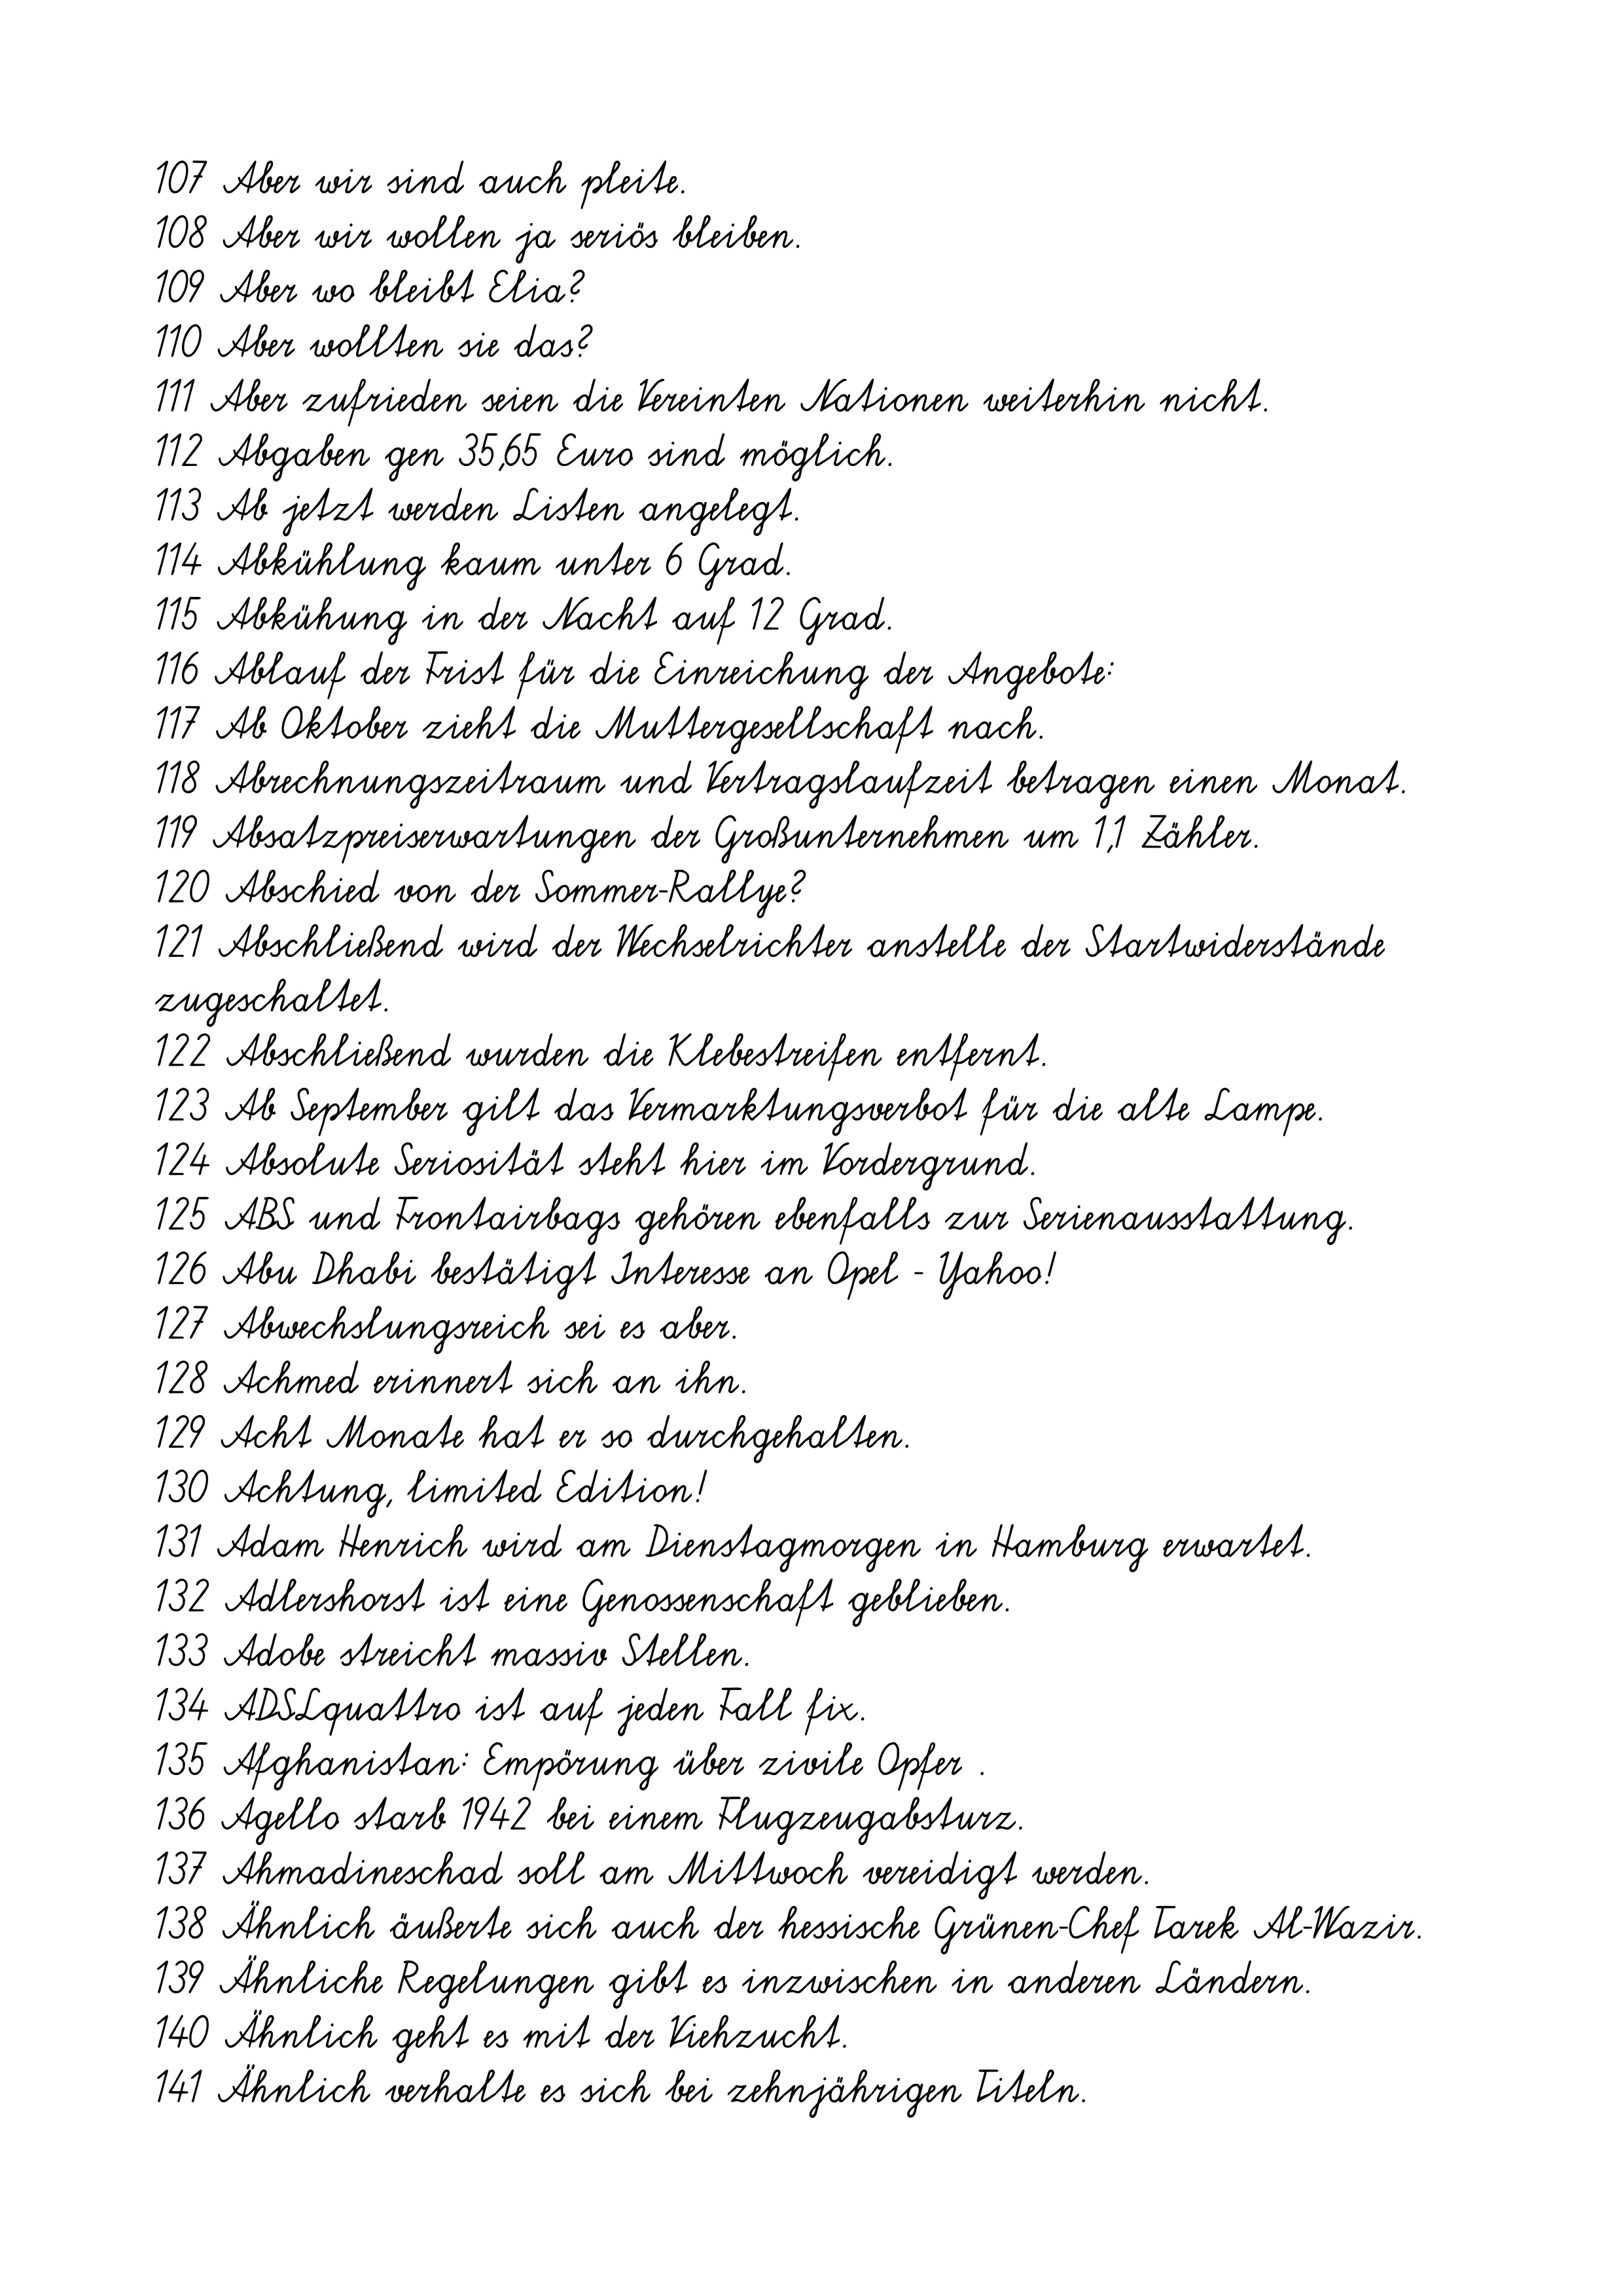
107 Aber wir sind auch pleite.
108 Aber wir wollen ja seriös bleiben.
109 Aber wo bleibt Elia?
110 Aber wollten sie das?
111 Aber zufrieden seien die Vereinten Nationen weiterhin nicht.
112 Abgaben gen 35,65 Euro sind möglich.
113 Ab jetzt werden Listen angelegt.
114 Abkühlung kaum unter 6 Grad.
115 Abkühung in der Nacht auf 12 Grad.
116 Ablauf der Frist für die Einreichung der Angebote:
117 Ab Oktober zieht die Muttergesellschaft nach.
118 Abrechnungszeitraum und Vertragslaufzeit betragen einen Monat.
119 Absatzpreiserwartungen der Großunternehmen um 1,1 Zähler.
120 Abschied von der Sommer-Rallye?
121 Abschließend wird der Wechselrichter anstelle der Startwiderstände
zugeschaltet.
122 Abschließend wurden die Klebestreifen entfernt.
123 Ab September gilt das Vermarktungsverbot für die alte Lampe.
124 Absolute Seriosität steht hier im Vordergrund.
125 ABS und Frontairbags gehören ebenfalls zur Serienausstattung.
126 Abu Dhabi bestätigt Interesse an Opel - Yahoo!
127 Abwechslungsreich sei es aber.
128 Achmed erinnert sich an ihn.
129 Acht Monate hat er so durchgehalten.
130 Achtung, limited Edition!
131 Adam Henrich wird am Dienstagmorgen in Hamburg erwartet.
132 Adlershorst ist eine Genossenschaft geblieben.
133 Adobe streicht massiv Stellen.
134 ADSLquattro ist auf jeden Fall fix.
135 Afghanistan: Empörung über zivile Opfer .
136 Agello starb 1942 bei einem Flugzeugabsturz.
137 Ahmadineschad soll am Mittwoch vereidigt werden.
138 Ähnlich äußerte sich auch der hessische Grünen-Chef Tarek Al-Wazir.
139 Ähnliche Regelungen gibt es inzwischen in anderen Ländern.
140 Ähnlich geht es mit der Viehzucht.
141 Ähnlich verhalte es sich bei zehnjährigen Titeln.